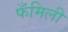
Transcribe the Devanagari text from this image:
फँमिली